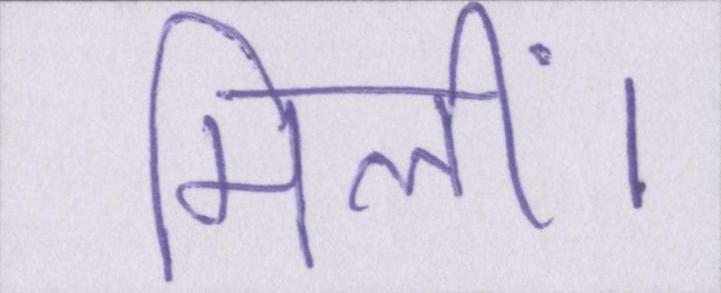
मिलीं।